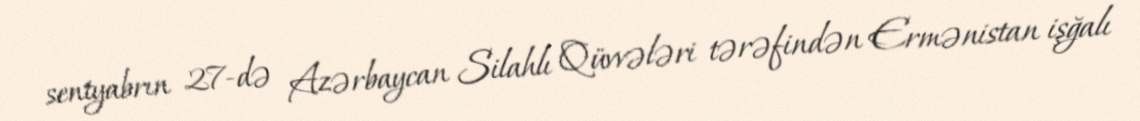
sentyabrın 27-də Azərbaycan Silahlı Qüvvələri tərəfindən Ermənistan işğalı